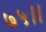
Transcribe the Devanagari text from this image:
७५।।